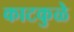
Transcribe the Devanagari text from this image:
काटकुळे